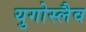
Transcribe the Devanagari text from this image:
युगोस्लैव